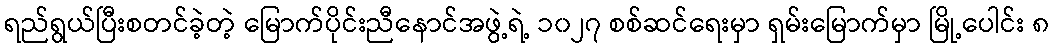
ရည်ရွယ်ပြီးစတင်ခဲ့တဲ့ မြောက်ပိုင်းညီနောင်အဖွဲ့ရဲ့ ၁၀၂၇ စစ်ဆင်ရေးမှာ ရှမ်းမြောက်မှာ မြို့ပေါင်း ၈